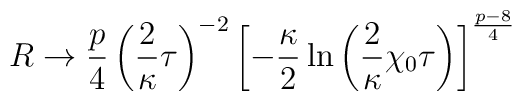
R \rightarrow \frac{p}{4}\left(\frac{2}{\kappa}\tau\right)^{-2}\left[	-\frac{\kappa}{2}\ln\left(\frac{2}{\kappa}\chi_0\tau\right)	\right]^{\frac{p-8}{4}}